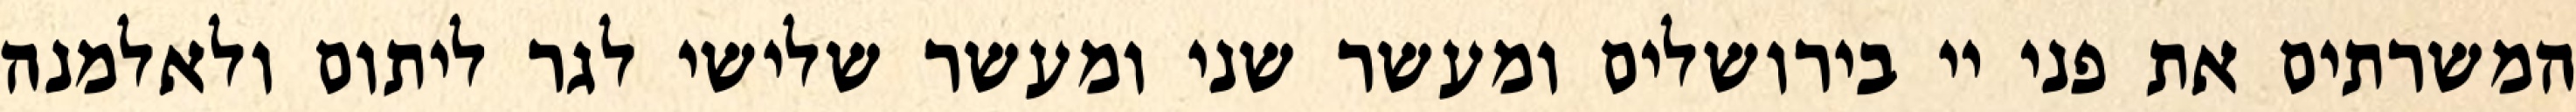
המשרתים את פני יי בירושלים ומעשר שני ומעשר שלישי לגר ליתום ולאלמנה